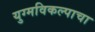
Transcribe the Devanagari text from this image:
युग्मविकल्पाचा